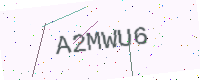
Text: A2MWU6